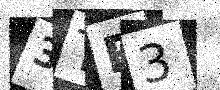
Text: 3TR3